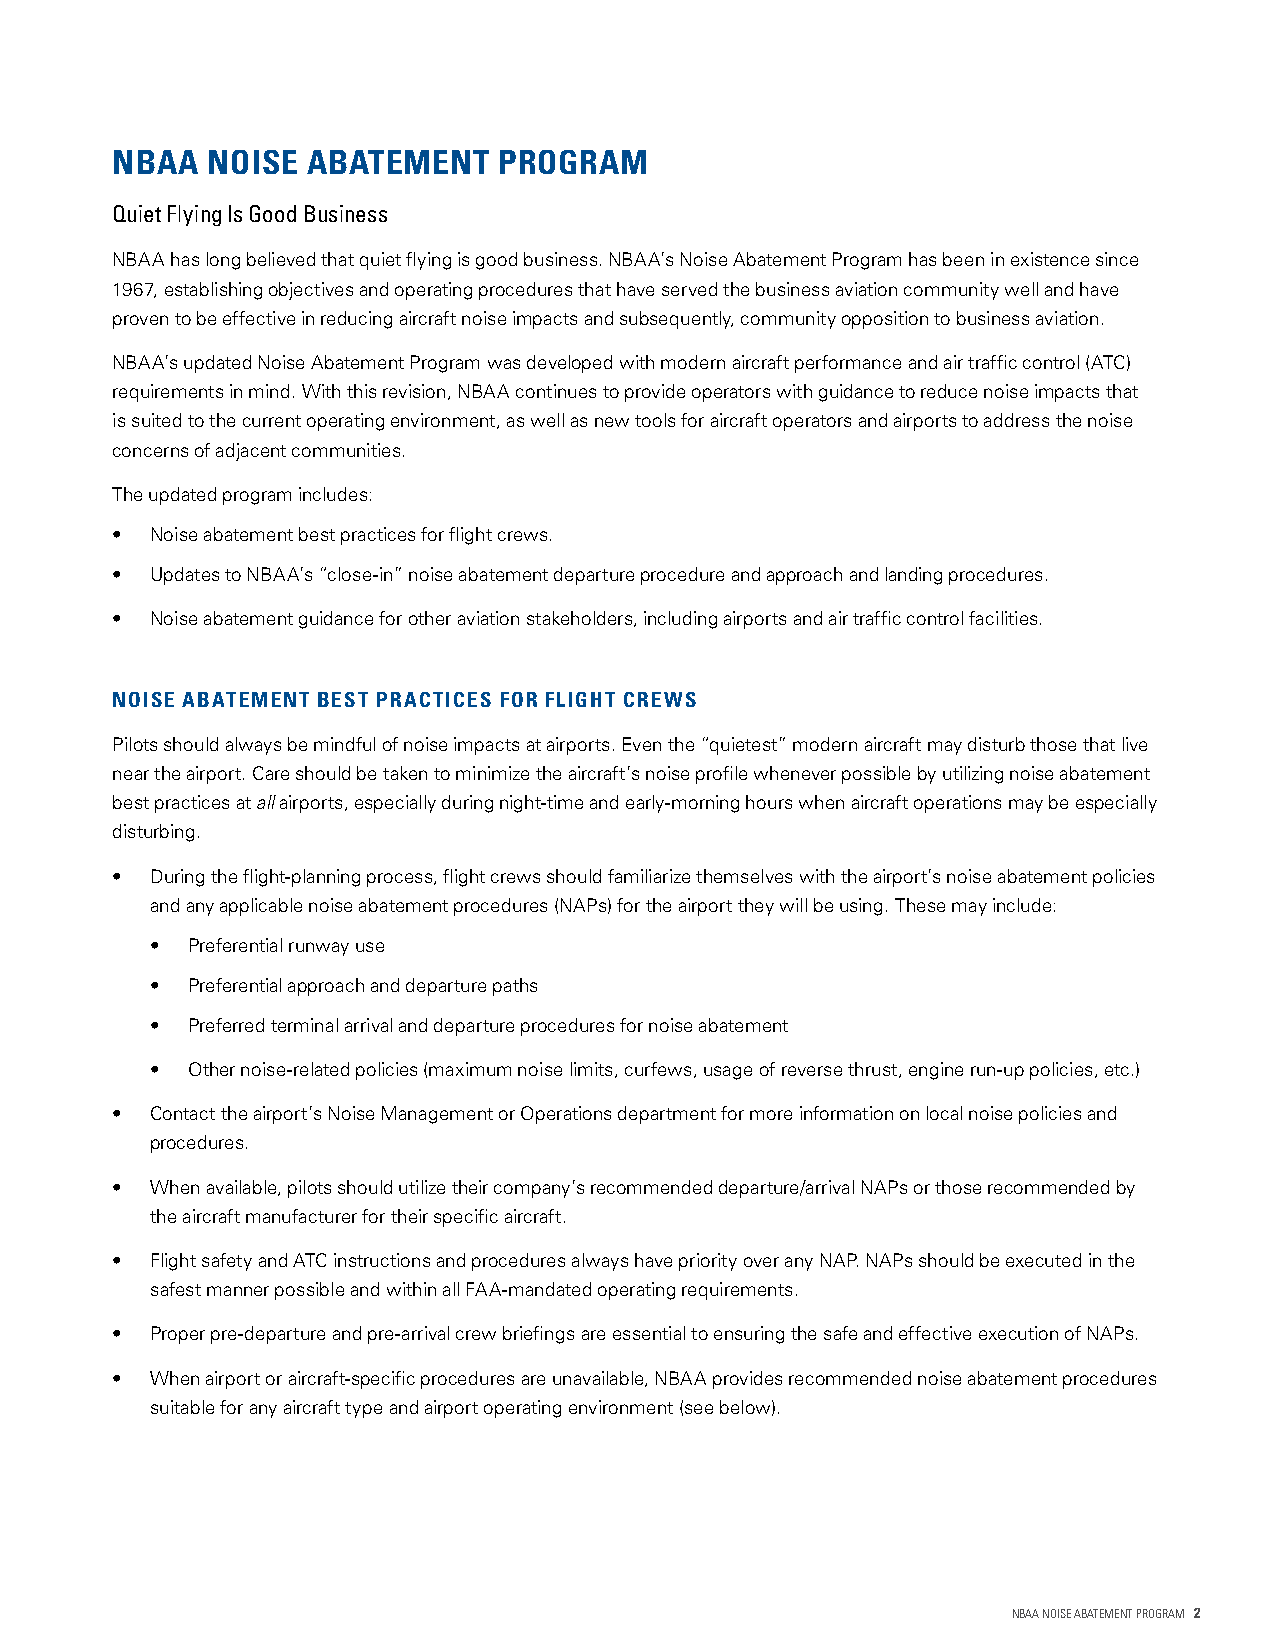
NBAA   NOISE ABATEMENT    PROGRAM
 Quiet Flying Is Good Business
 NBAA has long believed that quiet flying is good business. NBAA’s Noise Abatement Program has been in existence since
 1967, establishing objectives and operating procedures that have served the business aviation community well and have
 proven to be effective in reducing aircraft noise impacts and subsequently, community opposition to business aviation.
 NBAA’s updated Noise Abatement Program was developed with modern aircraft performance and air traffic control (ATC)
 requirements in mind. With this revision, NBAA continues to provide operators with guidance to reduce noise impacts that
 is suited to the current operating environment, as well as new tools for aircraft operators and airports to address the noise
 concerns of adjacent communities.
 The updated program includes:
 •  Noise abatement best practices for flight crews.
 •  Updates to NBAA’s “close-in” noise abatement departure procedure and approach and landing procedures.
 •  Noise abatement guidance for other aviation stakeholders, including airports and air traffic control facilities.
 NOISE ABATEMENT BEST PRACTICES FOR FLIGHT CREWS
 Pilots should always be mindful of noise impacts at airports. Even the “quietest” modern aircraft may disturb those that live
 near the airport. Care should be taken to minimize the aircraft’s noise profile whenever possible by utilizing noise abatement
 best practices at all airports, especially during night-time and early-morning hours when aircraft operations may be especially
 disturbing.
 •  During the flight-planning process, flight crews should familiarize themselves with the airport’s noise abatement policies
 and any applicable noise abatement procedures (NAPs) for the airport they will be using. These may include:
 • Preferential runway use
 • Preferential approach and departure paths
 • Preferred terminal arrival and departure procedures for noise abatement
 • Other noise-related policies (maximum noise limits, curfews, usage of reverse thrust, engine run-up policies, etc.)
 •  Contact the airport’s Noise Management or Operations department for more information on local noise policies and
 procedures.
 •  When available, pilots should utilize their company’s recommended departure/arrival NAPs or those recommended by
 the aircraft manufacturer for their specific aircraft.
 •  Flight safety and ATC instructions and procedures always have priority over any NAP. NAPs should be executed in the
 safest manner possible and within all FAA-mandated operating requirements.
 •  Proper pre-departure and pre-arrival crew briefings are essential to ensuring the safe and effective execution of NAPs.
 •  When airport or aircraft-specific procedures are unavailable, NBAA provides recommended noise abatement procedures
 suitable for any aircraft type and airport operating environment (see below).
 NBAA NOISE ABATEMENT PROGRAM 2